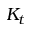
K _ { t }